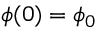
\phi ( 0 ) = \phi _ { 0 }